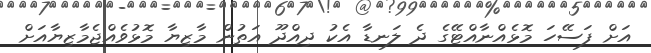
އަށް ފަސޭހަ މޮޅެއްނާއްޓޭގެ ދެ ލަނޑާ އެކު ދިއްދޫ އަތުން މާޒިޔާ މޮޅުވެއްޖެމާޒިޔާއަށް